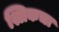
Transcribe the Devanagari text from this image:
श्लिकचा